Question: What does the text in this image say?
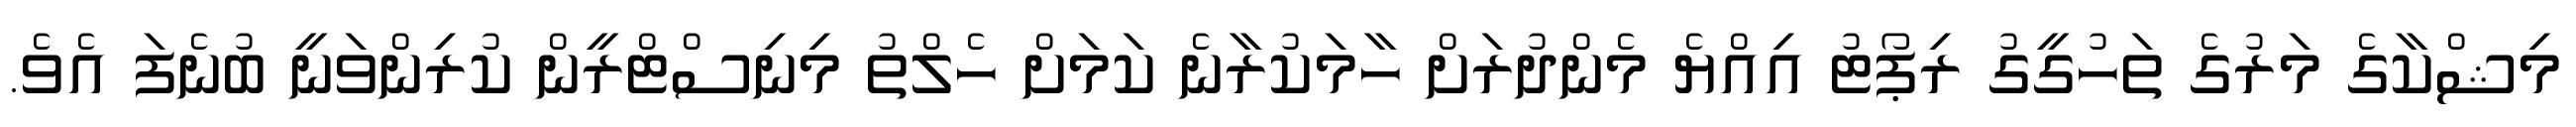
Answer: މިޝްކާގެ މަރުގެ ތަހުގީގު ރިޕޯޓު އިއްޔެ މެންދުރަށް ހާމަކުރާނެ ކަމަށް ހެލްތު މިނިސްޓްރީން ކުރިންވަނީ ބުނެފަ އެވެ.